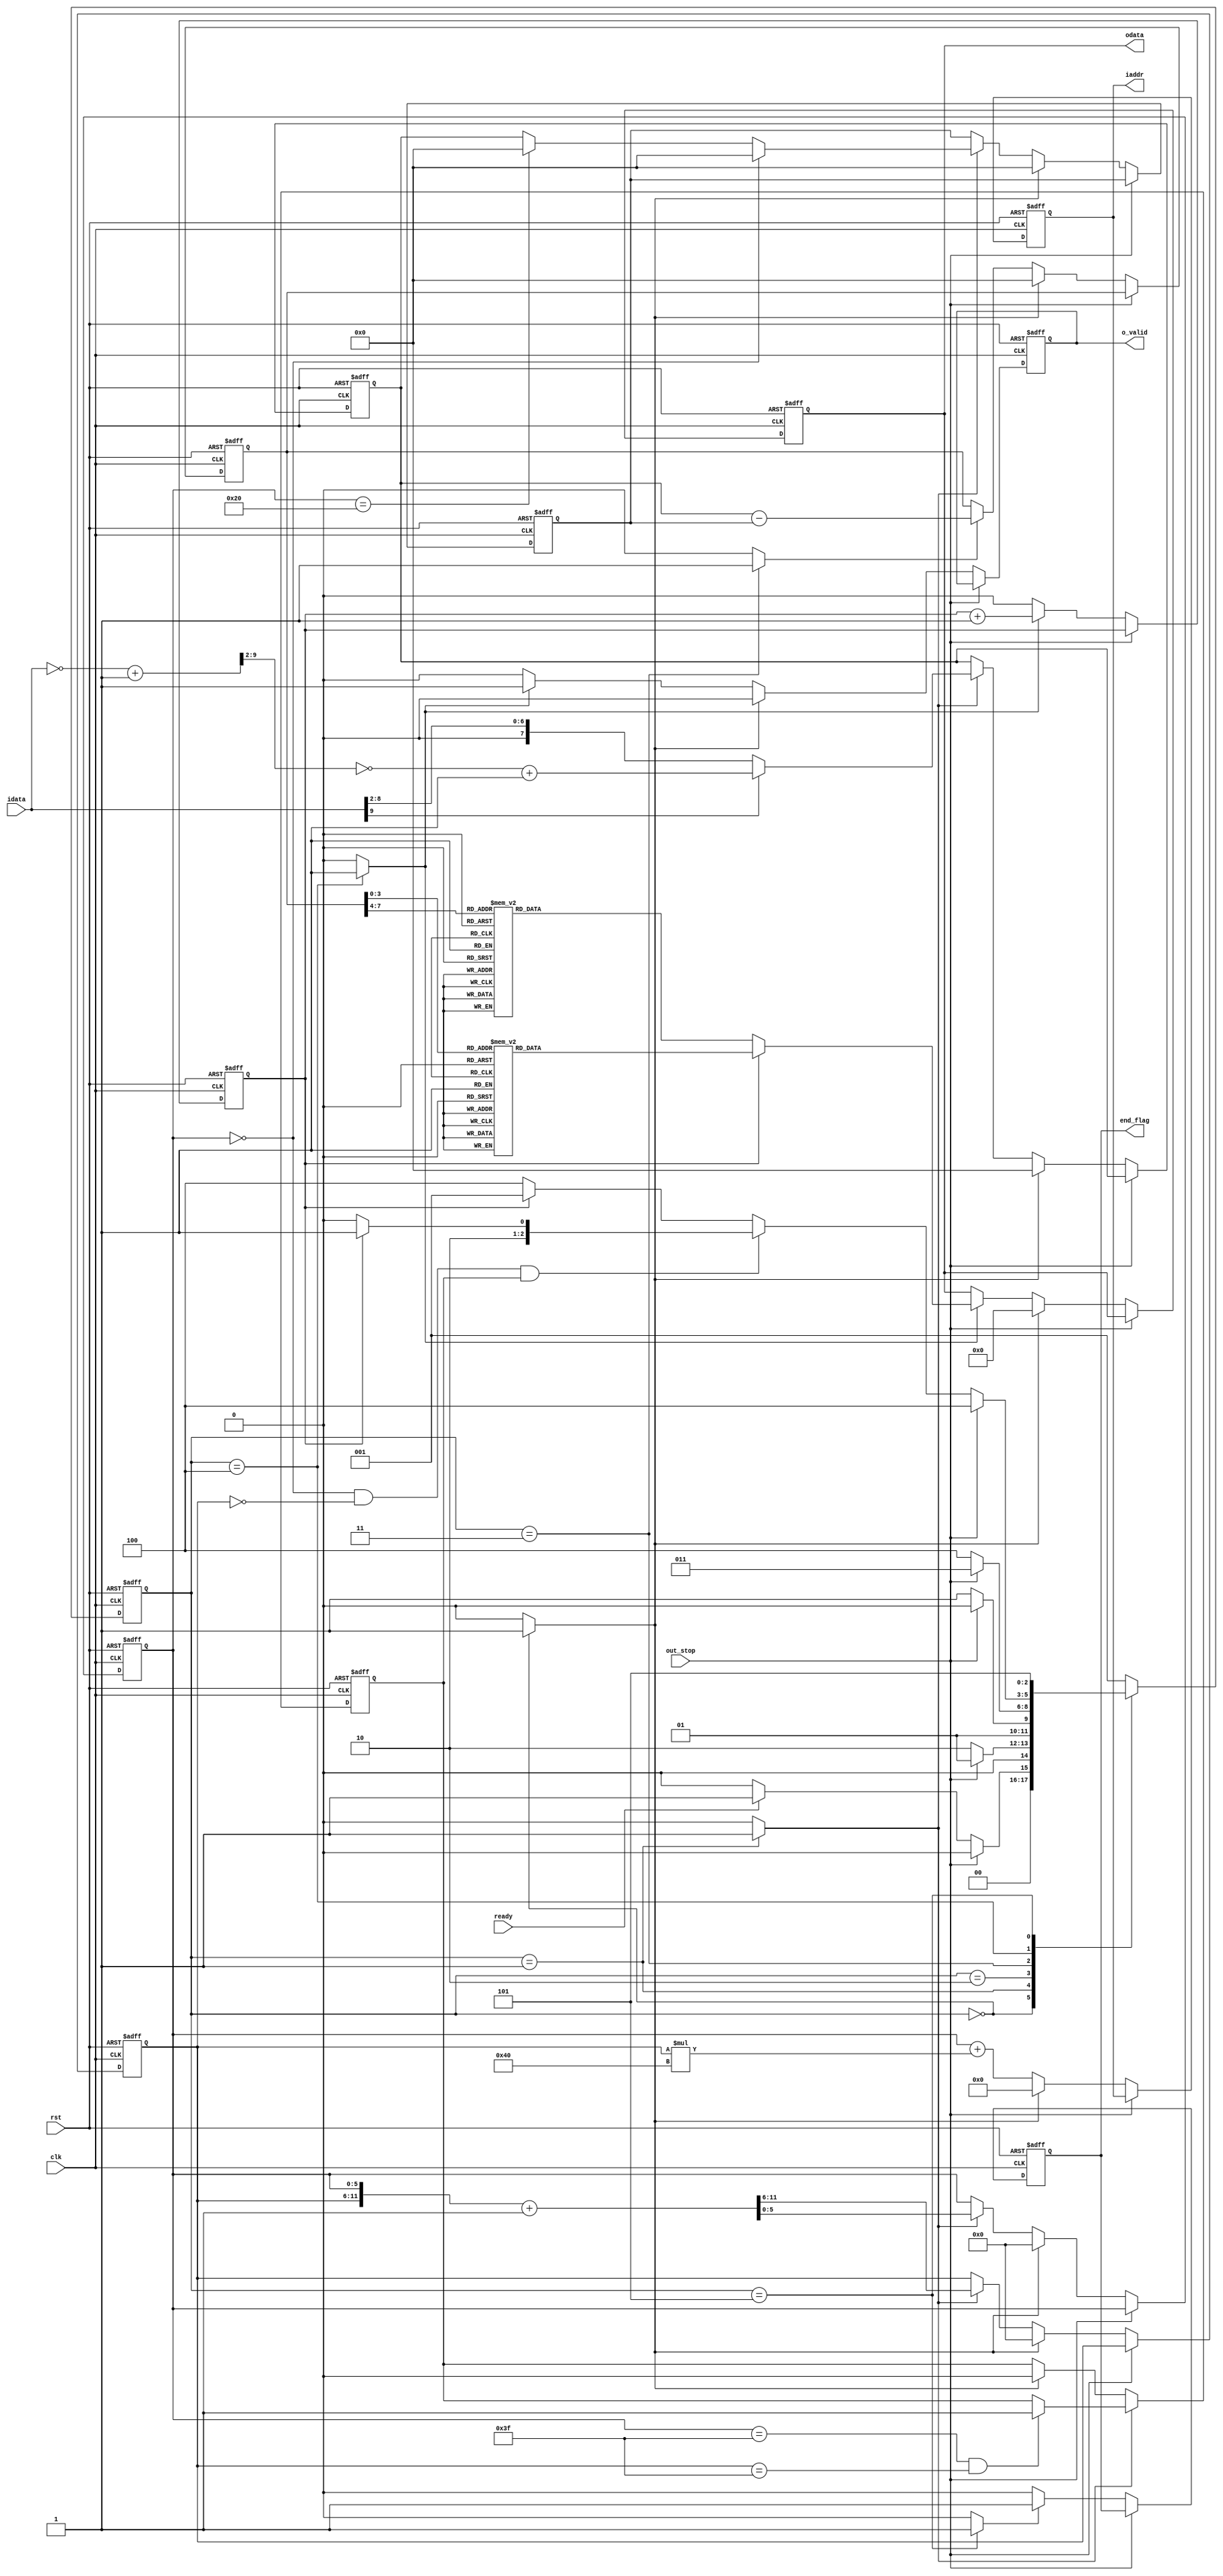
module compression #(
parameter pic_size = 64,
parameter pic_addr_width = 12)
(
output reg [14:0]                 odata,
//output reg [pic_addr_width:0]     oaddr,
output reg [pic_addr_width - 1:0] iaddr,
output reg                        o_valid,
output reg                        end_flag,
input  clk,
input  rst,
input  ready,
input  out_stop,
input  signed [9:0] idata);

reg signed [7:0] data [0:1];
reg signed [7:0] diff;

reg [(pic_addr_width / 2) - 1:0] iaddr_x;
reg [(pic_addr_width / 2) - 1:0] iaddr_y;

reg [2:0] c_state;
reg [2:0] n_state;
reg state_idle;
reg state_load;
reg state_diff;
reg state_out;
reg state_end;

reg counter;
reg end_ready;

wire signed [9:0] idata_2_complement;
wire signed [7:0] idata_neg_div;
wire signed [7:0] idata_pos_div;
wire [3:0] diff_l;
wire [3:0] diff_r;
reg [14:0] huffman_l;
reg [14:0] huffman_r;

///////////////////////////////////////////////////////////////////////////////////////////////////////////////////
//                                            FSM parameters                                                     //
///////////////////////////////////////////////////////////////////////////////////////////////////////////////////
localparam IDLE      = 0;
localparam LOAD      = 1;
localparam LOAD_WAIT = 2;
localparam DIFF      = 3;
localparam OUT       = 4;
localparam END       = 5;
///////////////////////////////////////////////////////////////////////////////////////////////////////////////////
//                                                 FSM                                                           //
///////////////////////////////////////////////////////////////////////////////////////////////////////////////////
always @(posedge clk or negedge rst) begin
	if (!rst) begin
		c_state <= IDLE;
	end
	else begin
		c_state <= n_state;
	end
end

always @(*) begin
	case(c_state)
		IDLE: begin
			if(out_stop) begin
				n_state = IDLE;
			end
			else if(ready) begin
				n_state = LOAD;
			end
			else begin
				n_state = IDLE;
			end
		end
		LOAD: begin
			if(out_stop) begin
				n_state = LOAD;
			end
			else begin
				n_state = LOAD_WAIT;
			end
		end
		LOAD_WAIT: begin
			if(out_stop) begin
				n_state = LOAD_WAIT;
			end
			else begin
				n_state = DIFF;
			end
		end
		DIFF: begin
			if(out_stop) begin
				n_state = DIFF;
			end
			else begin
				n_state = OUT;
			end
		end
		OUT: begin
			if(out_stop) begin
				n_state = OUT;
			end
			else begin
				if((iaddr_x == 0) && (iaddr_y == 0) && end_ready) begin
					if(counter) begin
						n_state = END;
					end
					else begin
						n_state = OUT;
					end
				end
				else begin
					if(counter) begin
						n_state = LOAD;
					end
					else begin
						n_state = OUT;
					end
				end
			end
		end
		END: begin
			if(out_stop) begin
				n_state = END;
			end
			else begin
				n_state = END;
			end
		end
		default: begin
			n_state = LOAD;
		end
	endcase
end

always @(*) begin
	case(c_state)
		IDLE: begin
			state_idle = 1;
			state_load = 0;
			state_diff = 0;
			state_out  = 0;
			state_end  = 0;
		end
		LOAD: begin
			state_idle = 0;
			state_load = 1;
			state_diff = 0;
			state_out  = 0;
			state_end  = 0;
		end
		LOAD_WAIT: begin
			state_idle = 0;
			state_load = 0;
			state_diff = 0;
			state_out  = 0;
			state_end  = 0;
		end
		DIFF: begin
			state_idle = 0;
			state_load = 0;
			state_diff = 1;
			state_out  = 0;
			state_end  = 0;
		end
		OUT: begin
			state_idle = 0;
			state_load = 0;
			state_diff = 0;
			state_out  = 1;
			state_end  = 0;
		end
		END: begin
			state_idle = 0;
			state_load = 0;
			state_diff = 0;
			state_out  = 0;
			state_end  = 1;
		end
		default: begin
			state_idle = 0;
			state_load = 0;
			state_diff = 0;
			state_out  = 0;
			state_end  = 0;
		end
	endcase
end
///////////////////////////////////////////////////////////////////////////////////////////////////////////////////
//                                            main circuit                                                       //
///////////////////////////////////////////////////////////////////////////////////////////////////////////////////
assign idata_2_complement = ~idata + 1'b1;
assign idata_neg_div = ~idata_2_complement[9:2] + 1'b1;
assign idata_pos_div = idata[9:2];

always @(posedge clk or negedge rst) begin
	if (!rst) begin
		iaddr <= 0;
	end
	else begin
		if(out_stop) begin
			iaddr <= iaddr;
		end
		else if(state_idle) begin
			iaddr <= 0;
		end
		else begin
			iaddr <= iaddr_x + (iaddr_y * pic_size);
		end
	end
end

always @(posedge clk or negedge rst) begin
	if (!rst) begin
		iaddr_x <= 0;
		iaddr_y <= 0;
	end
	else begin
		if(out_stop) begin
			iaddr_x <= iaddr_x;
			iaddr_y <= iaddr_y;
		end
		else if(state_idle) begin
			iaddr_x <= 0;
			iaddr_y <= 0;
		end
		else if(state_load) begin
			{iaddr_y ,iaddr_x} <= {iaddr_y ,iaddr_x} + 1;
		end
		else begin
			{iaddr_y ,iaddr_x} <= {iaddr_y ,iaddr_x};
		end
	end
end

always @(posedge clk or negedge rst) begin
	if (!rst) begin
		end_ready <= 0;
	end
	else begin
		if(state_load) begin
			if((iaddr_x == pic_size - 1) && (iaddr_y == pic_size - 1)) begin
				end_ready <= 1;
			end
			else begin
				end_ready <= end_ready;
			end
		end
		else if(state_idle) begin
			end_ready <= 0;
		end
		else begin
			end_ready <= end_ready;
		end
	end
end

always @(posedge clk or negedge rst) begin
	if (!rst) begin
		o_valid <= 0;
	end
	else begin
		if(out_stop) begin
			o_valid <= o_valid;
		end
		else if(state_idle) begin
			o_valid <= 0;
		end
		else if(state_out) begin
			o_valid <= 1;
		end
		else begin
			o_valid <= 0;
		end
	end
end
/*
always @(posedge clk or negedge rst) begin
	if (!rst) begin
		oaddr <= 0;
	end
	else begin
		if(out_stop) begin
			oaddr <= oaddr;
		end
		else if(state_idle) begin
			oaddr <= 0;
		end
		else if(o_valid) begin
			oaddr <= oaddr + 1;
		end
		else begin
			oaddr <= oaddr;
		end
	end
end
*/
always @(posedge clk or negedge rst) begin
	if (!rst) begin
		data[0] <= 0;
	end
	else begin
		if(out_stop) begin
			data[0] <= data[0];
		end
		else if(state_idle) begin
			data[0] <= 0;
		end
		else if(state_load) begin
			if(iaddr_x == 0) begin
				data[0] <= 0;
			end
			else if(iaddr_x == pic_size/2) begin
				data[0] <= 0;
			end
			else begin
				data[0] <= data[1];
			end
		end
		else begin
			data[0] <= data[0];
		end
	end
end

always @(posedge clk or negedge rst) begin
	if (!rst) begin
		data[1] <= 0;
	end
	else begin
		if(out_stop) begin
			data[1] <= data[1];
		end
		else if(state_idle) begin
			data[1] <= 0;
		end
		else if(state_load) begin
			if(idata[9]) begin
				data[1] <= idata_neg_div;
			end
			else begin
				data[1] <= idata_pos_div;
			end
		end
		else begin
			data[1] <= data[1];
		end
	end
end

always @(posedge clk or negedge rst) begin
	if (!rst) begin
		diff <= 0;
	end
	else begin
		if(out_stop) begin
			diff <= diff;
		end
		else if(state_idle) begin
			diff <= 0;
		end
		else if(state_diff) begin
			diff <= data[1] - data[0];
		end
		else begin
			diff <= diff;
		end
	end
end

assign diff_l = diff[7:4];
assign diff_r = diff[3:0];

always @(*) begin
	case(diff_l)
		4'b0000: huffman_l = 15'b000_0000_0000_0000;
		4'b0001: huffman_l = 15'b000_0000_0000_0110;
		4'b0010: huffman_l = 15'b000_0000_0001_1110;
		4'b0011: huffman_l = 15'b000_0000_0111_1110;
		4'b0100: huffman_l = 15'b000_0000_1111_1110;
		4'b0101: huffman_l = 15'b000_0011_1111_1110;
		4'b0110: huffman_l = 15'b000_1111_1111_1110;
		4'b0111: huffman_l = 15'b011_1111_1111_1110;
		4'b1000: huffman_l = 15'b111_1111_1111_1111;
		4'b1001: huffman_l = 15'b111_1111_1111_1110;
		4'b1010: huffman_l = 15'b001_1111_1111_1110;
		4'b1011: huffman_l = 15'b000_0111_1111_1110;
		4'b1100: huffman_l = 15'b000_0001_1111_1110;
		4'b1101: huffman_l = 15'b000_0000_0011_1110;
		4'b1110: huffman_l = 15'b000_0000_0000_1110;
		4'b1111: huffman_l = 15'b000_0000_0000_0010;
	endcase
end

always @(*) begin
	case(diff_r)
		4'b0000: huffman_r = 15'b000_0000_0000_0000;
		4'b0001: huffman_r = 15'b000_0000_0000_0110;
		4'b0010: huffman_r = 15'b000_0000_0001_1110;
		4'b0011: huffman_r = 15'b000_0000_0111_1110;
		4'b0100: huffman_r = 15'b000_0000_1111_1110;
		4'b0101: huffman_r = 15'b000_0011_1111_1110;
		4'b0110: huffman_r = 15'b000_1111_1111_1110;
		4'b0111: huffman_r = 15'b011_1111_1111_1110;
		4'b1000: huffman_r = 15'b111_1111_1111_1111;
		4'b1001: huffman_r = 15'b111_1111_1111_1110;
		4'b1010: huffman_r = 15'b001_1111_1111_1110;
		4'b1011: huffman_r = 15'b000_0111_1111_1110;
		4'b1100: huffman_r = 15'b000_0001_1111_1110;
		4'b1101: huffman_r = 15'b000_0000_0011_1110;
		4'b1110: huffman_r = 15'b000_0000_0000_1110;
		4'b1111: huffman_r = 15'b000_0000_0000_0010;
	endcase
end

always @(posedge clk or negedge rst) begin
	if (!rst) begin
		counter <= 0;
	end
	else begin
		if(out_stop) begin
			counter <= counter;
		end
		else if(state_out) begin
			counter <= counter + 1'b1;
		end
		else begin
			counter <= 0;
		end
	end
end

always @(posedge clk or negedge rst) begin
	if (!rst) begin
		odata <= 0;
	end
	else begin
		if(out_stop) begin
			odata <= odata;
		end
		else if(state_idle) begin
			odata <= 0;
		end
		else if(state_out) begin
			if(counter) begin
				odata <= huffman_r;
			end
			else begin
				odata <= huffman_l;
			end
		end
		else begin
			odata <= odata;
		end
	end
end

always @(posedge clk or negedge rst) begin
	if (!rst) begin
		end_flag <= 0;
	end
	else begin
		if(out_stop) begin
			end_flag <= end_flag;
		end
		else if(state_end) begin
			end_flag <= 1;
		end
		else begin
			end_flag <= 0;
		end
	end
end



endmodule